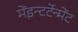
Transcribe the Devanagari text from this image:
मेंइन्टर्टेन्मेंट